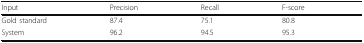
<table><thead><tr><td><b>Input</b></td><td><b>Precision</b></td><td><b>Recall</b></td><td><b>F-score</b></td></tr></thead><tbody><tr><td>Gold standard</td><td>87.4</td><td>75.1</td><td>80.8</td></tr><tr><td>System</td><td>96.2</td><td>94.5</td><td>95.3</td></tr></tbody></table>